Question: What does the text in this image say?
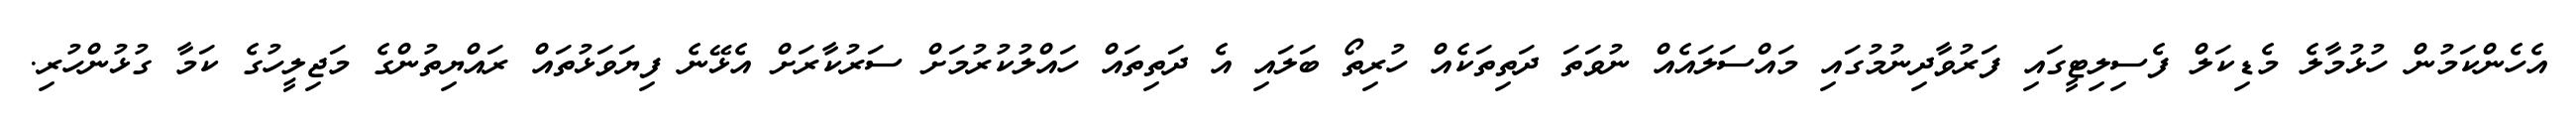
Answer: އެހެންކަމުން ހުޅުމާލެ މެޑިކަލް ފެސިލިޓީގައި ފަރުވާދިނުމުގައި މައްސަލައެއް ނުވަތަ ދަތިތަކެއް ހުރިތޯ ބަލައި އެ ދަތިތައް ހައްލުކުރުމަށް ސަރުކާރަށް އެޅޭނެ ފިޔަވަޅުތައް ރައްޔިތުންގެ މަޖިލީހުގެ ކަމާ ގުޅުންހުރި.